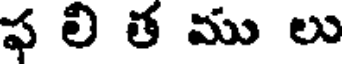
ఫ లి త ము లు